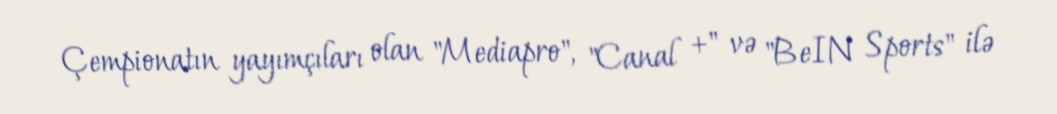
Çempionatın yayımçıları olan "Mediapro", "Canal +" və "BeIN Sports" ilə